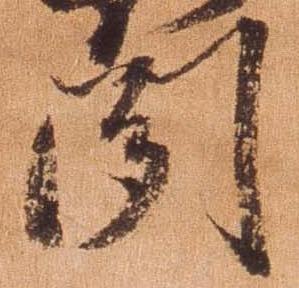
聞